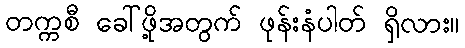
တက္ကစီ ခေါ်ဖို့အတွက် ဖုန်းနံပါတ် ရှိလား။